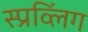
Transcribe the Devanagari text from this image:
स्प्रव्लिंग